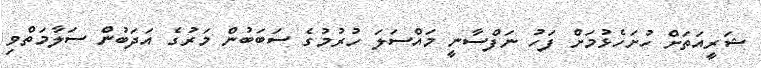
ޝަރީއަތަށް ހުށަހެޅުމަށް ފަހު ނަފްސާނީ މައްސަލަ ހުރުމުގެ ސަބަބުން މަރުގެ އަދަބުން ސަލާމަތްވި